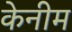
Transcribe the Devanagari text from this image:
केनीम